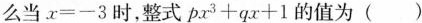
么当$$x = - 3$$时,整式$$p x ^ { 3 } + q x + 1的值为( ) $$